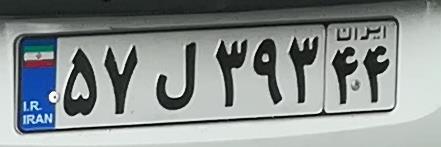
۵۷ل۳۹۳۴۴